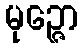
မုဉ္ဇော